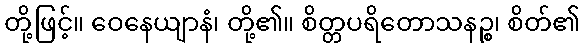
တို့ဖြင့်။ ဝေနေယျာနံ၊ တို့၏။ စိတ္တပရိတောသနဉ္စ၊ စိတ်၏